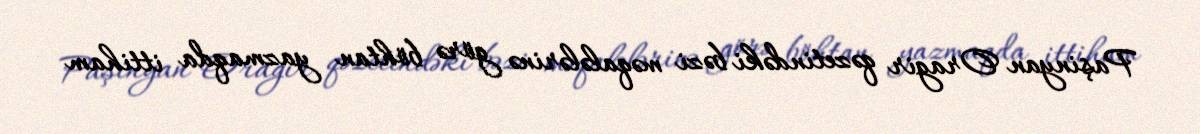
Paşinyan Oragir qəzetindəki bəzi məqalələrinə görə böhtan yazmaqda ittiham